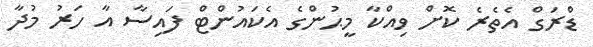
ޑްރަގް އެތެރެ ކޮށް ވިއްކާ މީޙުންގެ އެކައުންޓް ފައިސާ އާ ހަރު މުދާ